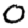
Digit: 0